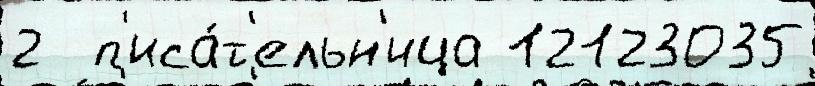
2  п'иса́т'ельн'ица 12123035